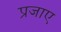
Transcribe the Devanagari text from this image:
प्रजाए